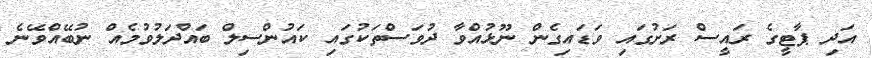
އަދި ޕާޓީގެ ރައީސް ރަށުގައި ވަޑައިގެން ނޫޅުއްވާ ދުވަސްތަކުގައި ކައުންސިލް ބައްދަލުވުމެއް ނުބޭއްވޭނެ